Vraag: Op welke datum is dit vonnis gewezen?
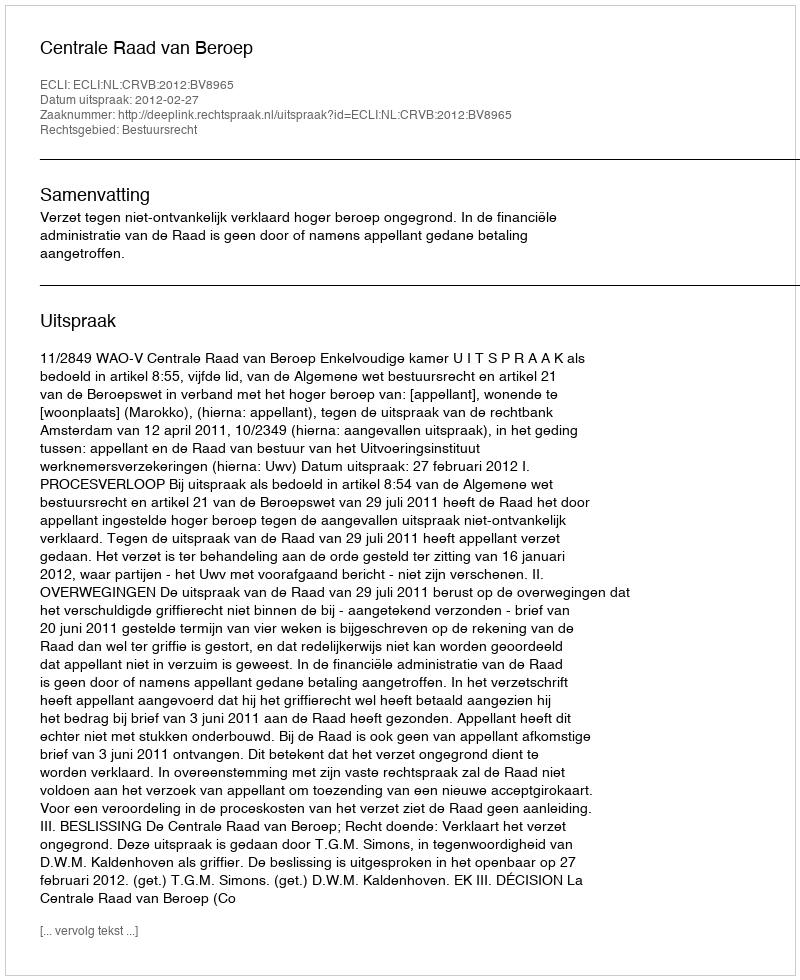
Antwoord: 2012-02-27